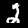
Label: 2